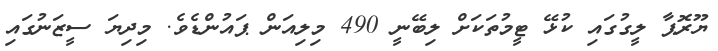
ޔޫރޮޕާ ލީގުގައި ކުޅޭ ޓީމުތަކަށް ލިބޭނީ 490 މިލިއަން ޕައުންޑެވެ. މިދިޔަ ސީޒަނުގައި